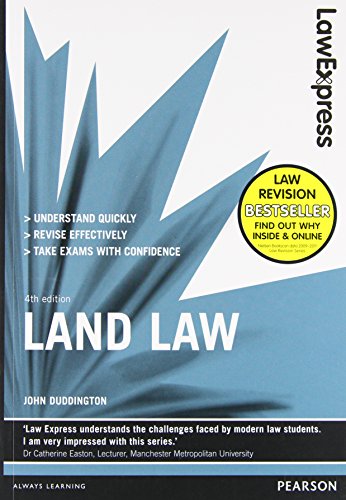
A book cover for Land Law: Uk Edition (Law Express); John Duddington; Law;